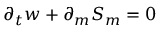
\partial _ { t } w + \partial _ { m } S _ { m } = 0